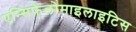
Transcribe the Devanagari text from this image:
एन्सिफेलोमाइलाइटिस